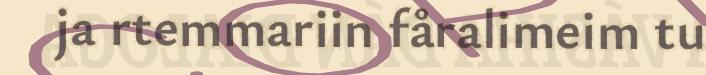
ja rtemmariin fåralimeim tu